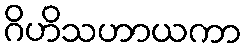
ဂိဟိသဟာယကာ